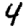
Digit: 4